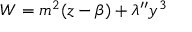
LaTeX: W = m ^ { 2 } ( z - \beta ) + \lambda ^ { \prime \prime } y ^ { 3 }